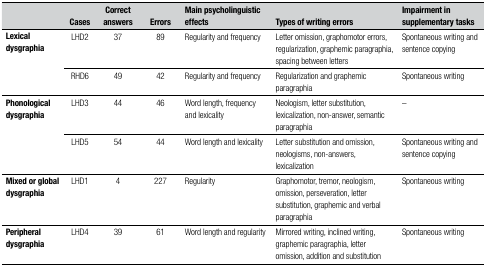
|  | Cases | Correct answers | Errors | Main psycholinguistic effects | Types of writing errors | Impairment in supplementary tasks |
 | --- | --- | --- | --- | --- | --- | --- |
 | <ROWSPAN=2> Lexicaldysgraphia | LHD2 | 37 | 89 | Regularity and frequency | Letter omission, graphomotor errors, regularization,graphemic paragraphia, spacing between letters | Spontaneous writing and sentence copying |
 | RHD6 | 49 | 42 | Regularity and frequency | Regularization and graphemic paragraphia | Spontaneous writing |
 | <ROWSPAN=2> Phonologicaldysgraphia | LHD3 | 44 | 46 | Word length, frequency and lexicality | Neologism, letter substitution, lexicalization,non-answer, semantic paragraphia | – |
 | LHD5 | 54 | 44 | Word length and lexicality | Letter substitution and omission, neologisms,non-answers, lexicalization | Spontaneous writing and sentence copying |
 | Mixed or globaldysgraphia | LHD1 | 4 | 227 | Regularity | Graphomotor, tremor, neologism, omission,perseveration, letter substitution, graphemic and verbalparagraphia | Spontaneous writing |
 | Peripheral dysgraphia | LHD4 | 39 | 61 | Word length and regularity | Mirrored writing, inclined writing, graphemicparagraphia, letter omission, addition and substitution | Spontaneous writing |